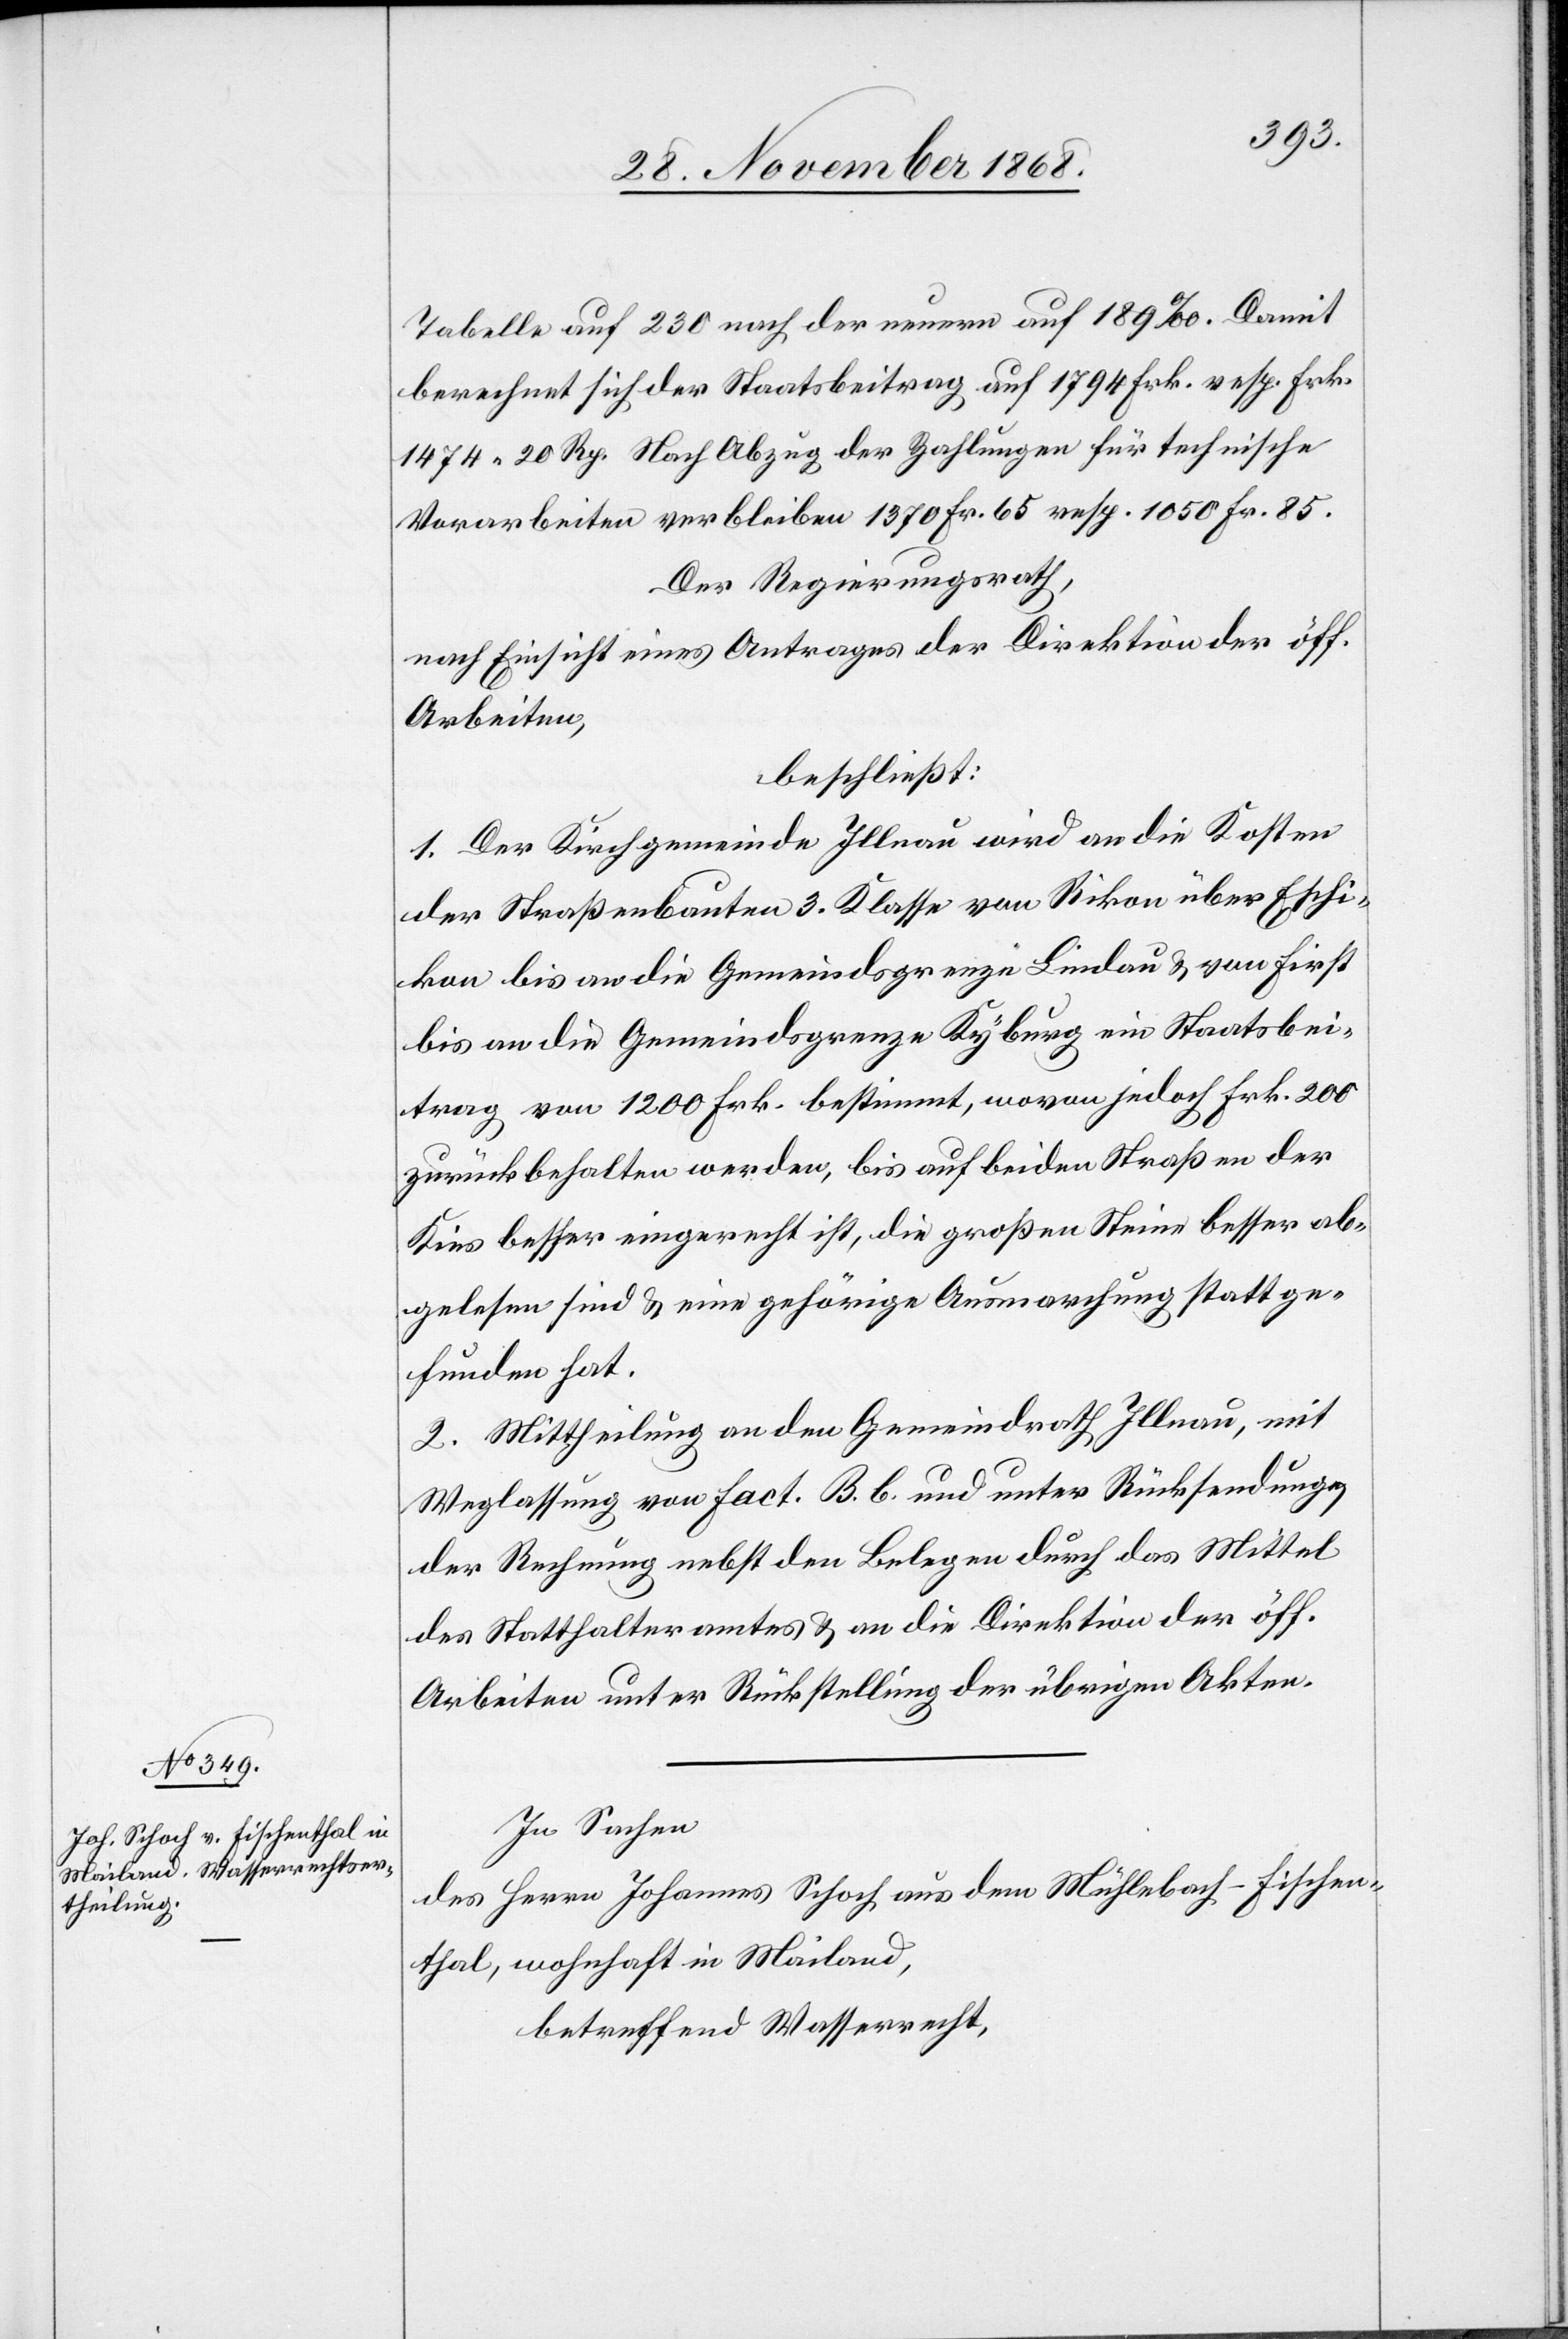
Tabelle auf 230 nach der neuern auf 189‰. Damit
berechnet sich der Staatsbeitrag auf 1794 Frk. resp. Frk.
1474 20 Rp. Nach Abzug der Zahlungen für technische
Vorarbeiten verbleiben 1370 Fr. 65 resp. 1050 Fr. 85.
Der Regierungsrath,
nach Einsicht eines Antrages der Direktion der öff.
Arbeiten,
beschließt:
1. Der Kirchgemeinde Illnau wird an die Kosten
der Straßenbauten 3. Klasse von Rikon über Eschi¬
kon bis an die Gemeindsgrenze Lindau & von First
bis an die Gemeindsgrenze Kyburg ein Staatsbei¬
trag von 1200 Frk. bestimmt, wovon jedoch Frk. 200
zurückbehalten werden, bis auf beiden Straßen der
Kies besser eingerecht ist, die großen Steine besser ab¬
gelesen sind & eine gehörige Ausmarchung stattge¬
funden hat.
2. Mittheilung an den Gemeindrath Illnau, mit
Weglassung von Fact. B. b. und unter Rücksendung
der Rechnung nebst den Belegen durch das Mittel
des Statthalteramtes & an die Direktion der öff.
Arbeiten unter Rückstellung der übrigen Akten.
In Sachen
des Herrn Johannes Schoch aus dem Mühlebach - Fischen¬
thal, wohnhaft in Mailand,
betreffend Wasserrecht,